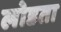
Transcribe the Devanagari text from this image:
लोडता